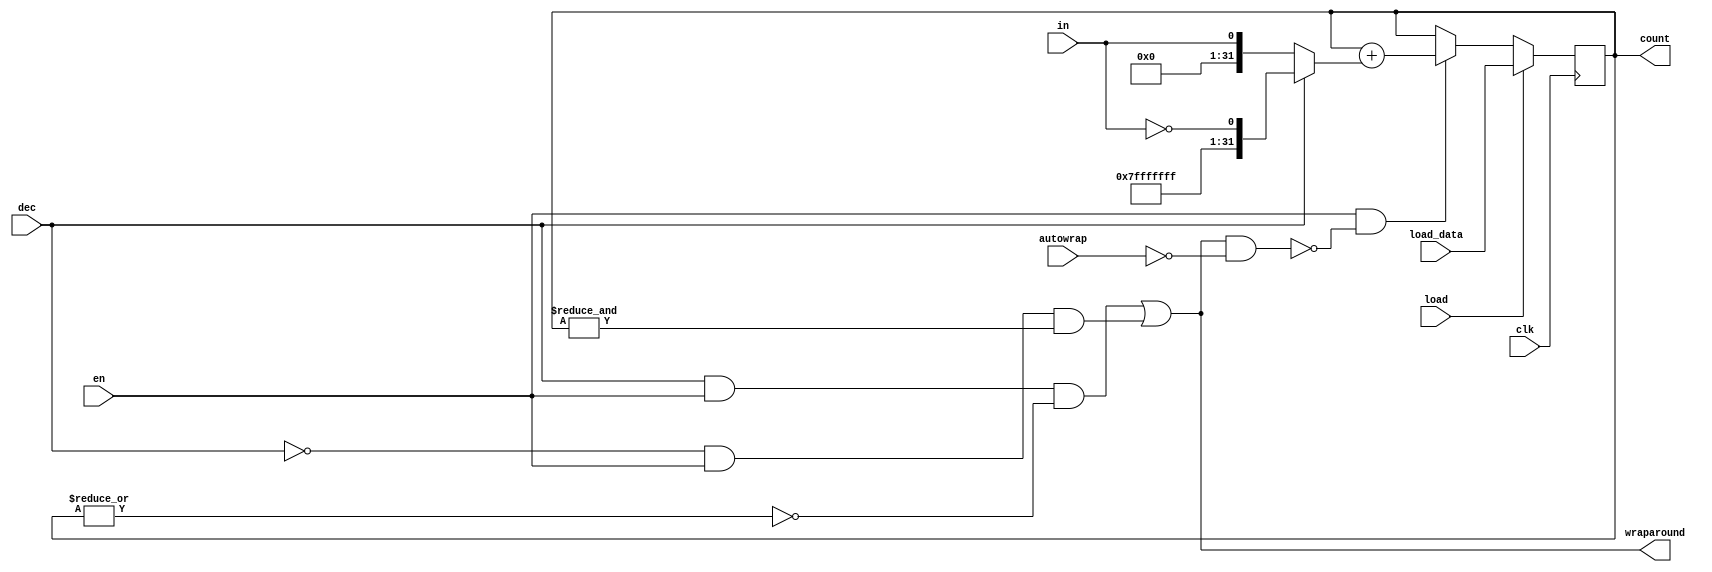
//#############################################################################
//# Function: Generic counter                                                 #
//#############################################################################
//# Author:   Andreas Olofsson                                                #
//# License:  MIT (see LICENSE file in OH! repository)                        #
//#############################################################################

module oh_counter
  #(parameter N   = 32,       // width of data inputs
    parameter SYN = "TRUE",   // synthesizable
    parameter TYPE = "DEFAULT"// implementation type
    )
   (
    //inputs
    input 	       clk, // clk input
    input 	       in, // input to count
    input 	       en, // enable counter
    input 	       dec,//1=decrement, 0 = increment
    input 	       autowrap, //auto wrap counter
    input 	       load, // load counter
    input [N-1:0]      load_data, // input data to load
    //outputs
    output reg [N-1:0] count, // count value
    output 	       wraparound // wraparound indicator
    );

   wire [N-1:0]	 inb;
   wire [N-1:0]  count_in;

   //Increment decrement option
   assign inb[N-1:0] = dec ? {{(N-1){1'b1}},~in} : {{(N-1){1'b0}},in};
   assign cin        = dec ? 1'b1 : 1'b0;

   // counter
   always @(posedge clk)
     if(load)
       count[N-1:0] <= load_data[N-1:0];
     else if (en & ~(wraparound & ~autowrap))
       count[N-1:0] <= count_in[N-1:0];

   assign wraparound = (dec & en & ~(|count[N-1:0])) |
		       (~dec & en & (&count[N-1:0]));

   // Soft/hard adder
   generate
      if(SYN == "TRUE")  begin
	 assign count_in[N-1:0] =count[N-1:0] + inb[N-1:0];
      end
      else begin
	 asic_add #(.TYPE(TYPE),
		    .N(N))
	 asic_add (// Outputs
		   .sum		(cout_in[N-1:0]),
		   .carry	(),
		   .cout	(),
		   // Inputs
		   .a		(count[N-1:0]),
		   .b		(in_mux[N-1:0]),
		   .k		({(N){1'b0}}),
		   .cin		(cin));
      end
   endgenerate

endmodule // oh_counter